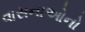
વાસનાઓનો